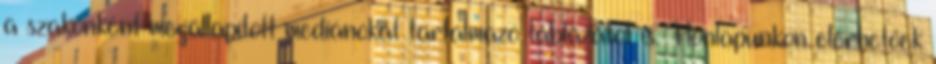
a szakonként megállapított mediánokat tartalmazó táblázatot is. Honlapunkon elérhetőek